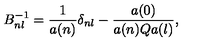
B _ { n l } ^ { - 1 } = \frac { 1 } { a ( n ) } \delta _ { n l } - \frac { a ( 0 ) } { a ( n ) Q a ( l ) } ,